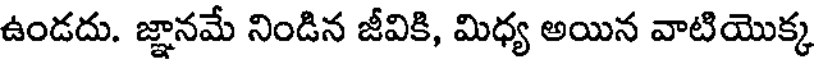
ఉండదు. జ్ఞానమే నిండిన జీవికి, మిధ్య అయిన వాటియొక్క